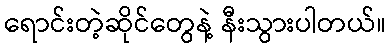
ရောင်းတဲ့ဆိုင်တွေနဲ့ နီးသွားပါတယ်။